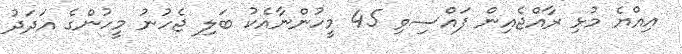
އިއްޔެ މުޅި ރާއްޖެއިން ފައްސިވި 45 މީހުންނާއެކު ބަލި ޖެހުނު މީހުންގެ އަދަދު